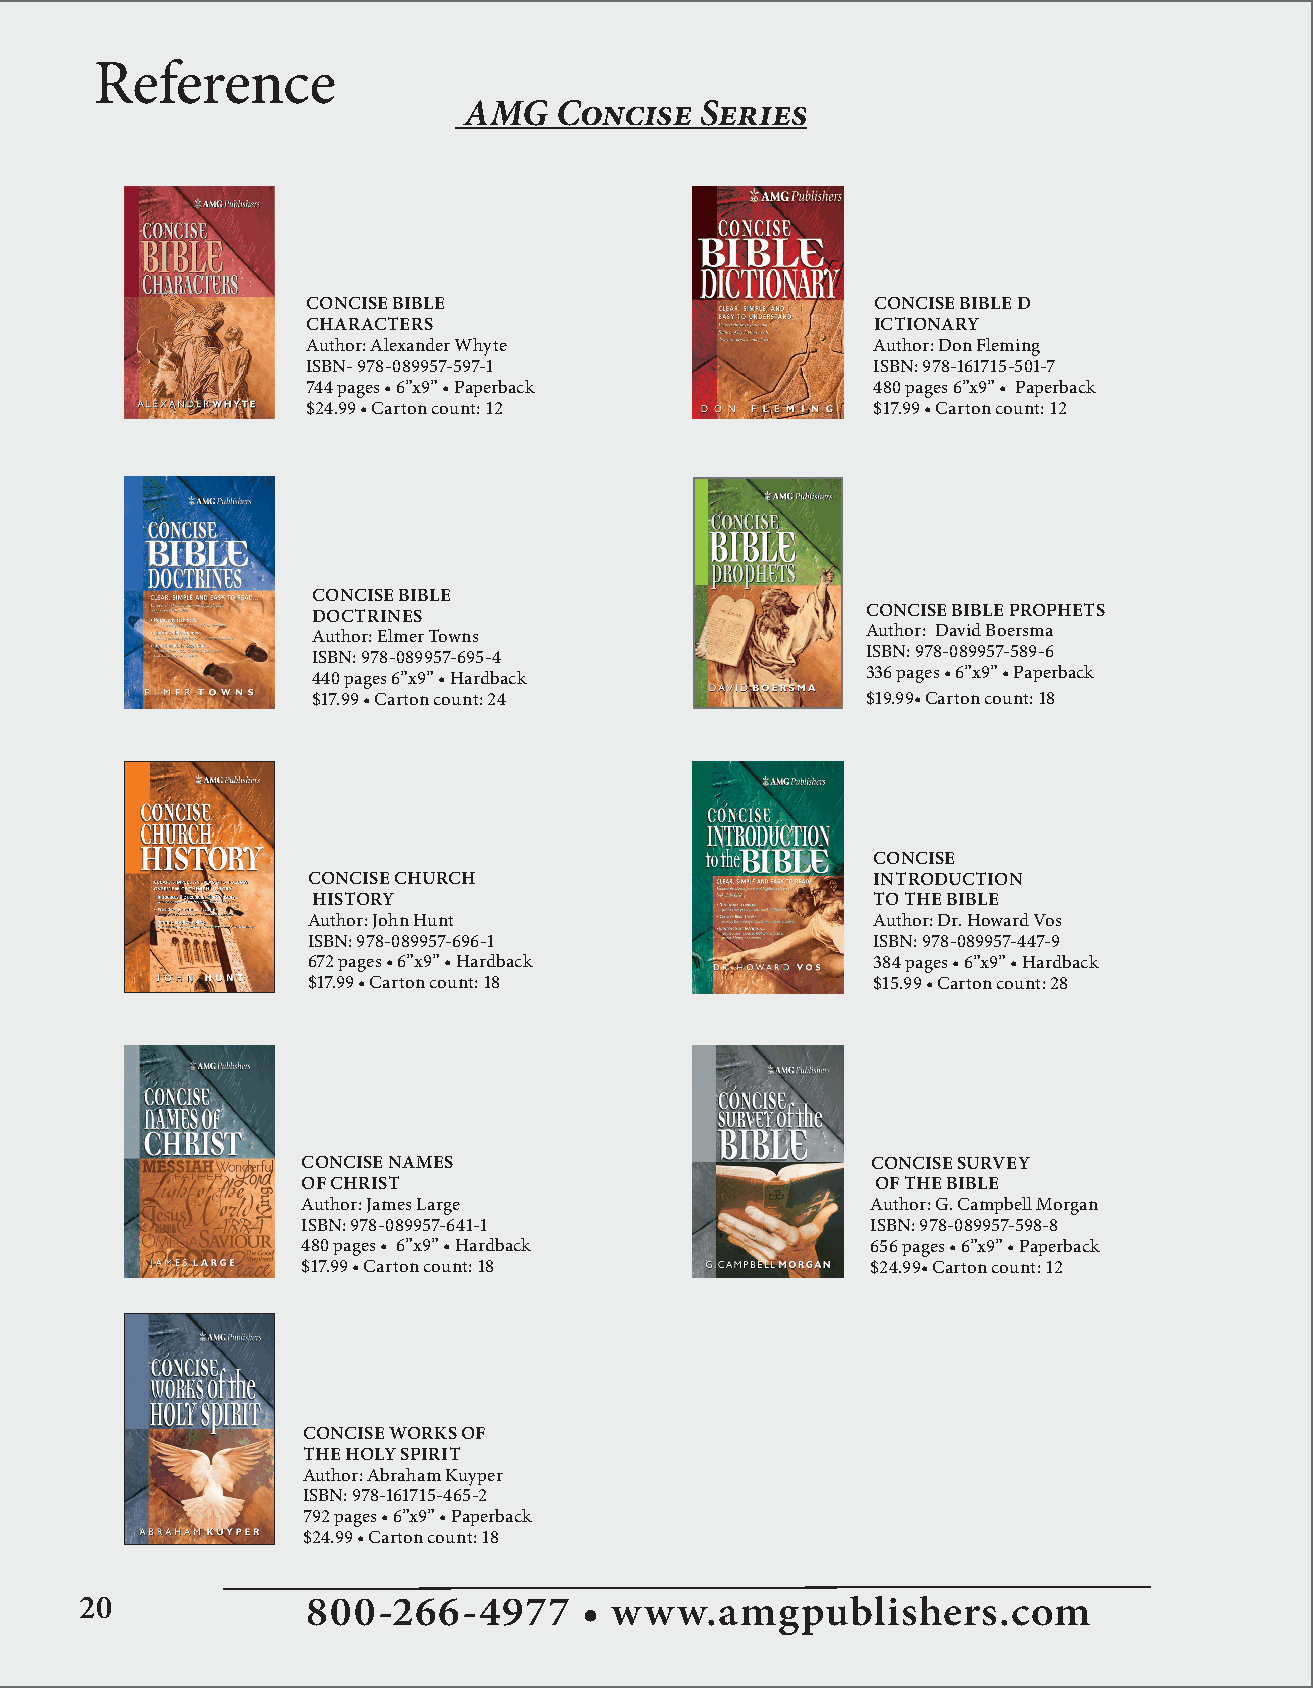
Reference
 AMG   Concise  Series
 CONCISE BIBLE                         CONCISE BIBLE D
 CHARACTERS                            ICTIONARY
 Author: Alexander Whyte               Author: Don Fleming
 ISBN- 978-089957-597-1                ISBN: 978-161715-501-7
 744 pages • 6”x9” • Paperback         480 pages 6”x9” • Paperback
 $24.99 • Carton count: 12             $17.99 • Carton count: 12
 CONCISE BIBLE
 DOCTRINES                           CONCISE BIBLE PROPHETS
 Author: Elmer Towns                 Author: David Boersma
 ISBN: 978-089957-695-4              ISBN: 978-089957-589-6
 440 pages 6”x9” • Hardback          336 pages • 6”x9” • Paperback
 $17.99 • Carton count: 24           $19.99• Carton count: 18
 CONCISE
 CONCISE CHURCH                        INTRODUCTION
 HISTORY                              TO THE BIBLE
 Author: John Hunt                     Author: Dr. Howard Vos
 ISBN: 978-089957-696-1                ISBN: 978-089957-447-9
 672 pages • 6”x9” • Hardback          384 pages • 6”x9” • Hardback
 $17.99 • Carton count: 18             $15.99 • Carton count: 28
 CONCISE NAMES                         CONCISE SURVEY
 OF CHRIST                             OF THE BIBLE
 Author: James Large                   Author: G. Campbell Morgan
 ISBN: 978-089957-641-1                ISBN: 978-089957-598-8
 480 pages • 6”x9” • Hardback          656 pages • 6”x9” • Paperback
 $17.99 • Carton count: 18             $24.99• Carton count: 12
 CONCISE WORKS OF
 THE HOLY SPIRIT
 Author: Abraham Kuyper
 ISBN: 978-161715-465-2
 792 pages • 6”x9” • Paperback
 $24.99 • Carton count: 18
 20             800-266-4977       • www.amgpublishers.com